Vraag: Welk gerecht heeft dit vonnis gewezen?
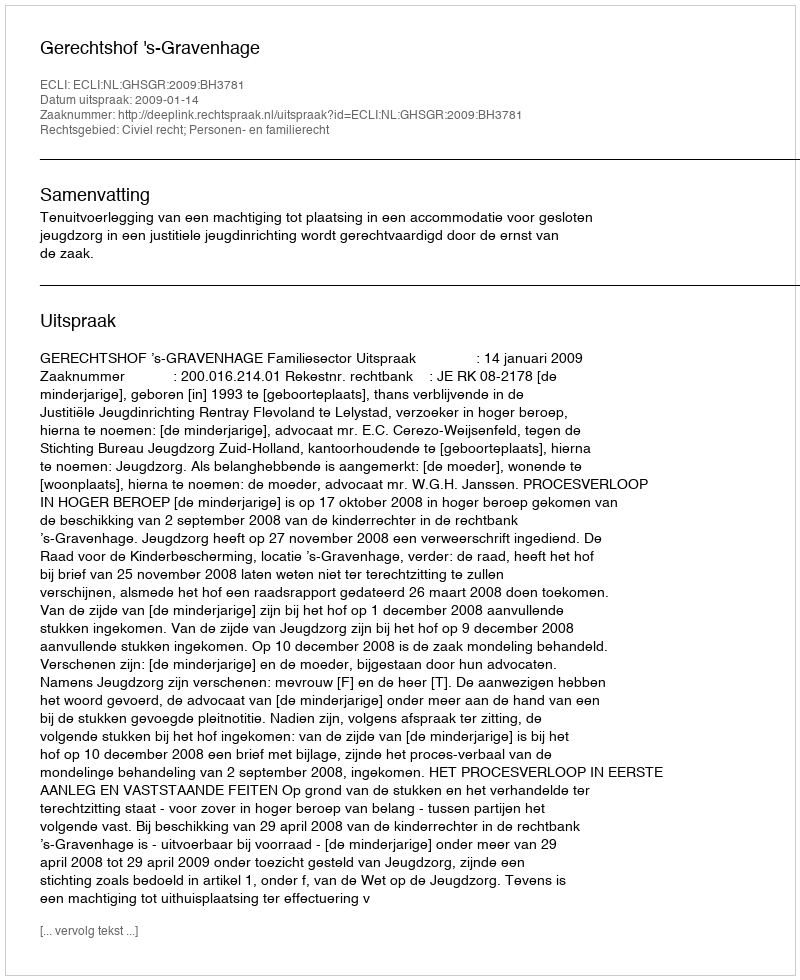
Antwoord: Gerechtshof 's-Gravenhage